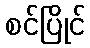
စင်ပြိုင်